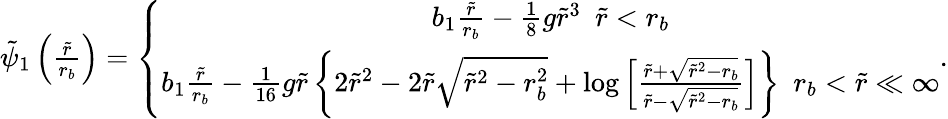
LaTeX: \begin{array}{r}{\tilde{\psi}_{1}\left(\frac{\tilde{r}}{r_{b}}\right)=\left\{ \begin{array}{c}{b_{1}\frac{\tilde{r}}{r_{b}}-\frac{1}{8}g\tilde{r}^{3}~~\tilde{r}<r_{b}}\\ {b_{1}\frac{\tilde{r}}{r_{b}}-\frac{1}{16}g\tilde{r}\left\{ 2\tilde{r}^{2}-2\tilde{r}\sqrt{\tilde{r}^{2}-r_{b}^{2}}+\log\left[\frac{\tilde{r}+\sqrt{\tilde{r}^{2}-r_{b}}}{\tilde{r}-\sqrt{\tilde{r}^{2}-r_{b}}}\right]\right\} ~~r_{b}<\tilde{r}\ll\infty}\end{array}\right..}\end{array}